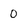
Character: 0